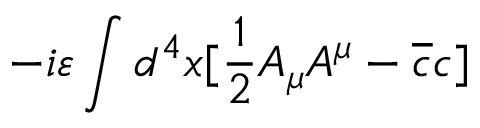
- i \varepsilon \int d ^ { 4 } x [ \frac { 1 } { 2 } A _ { \mu } A ^ { \mu } - \overline { { { c } } } c ]